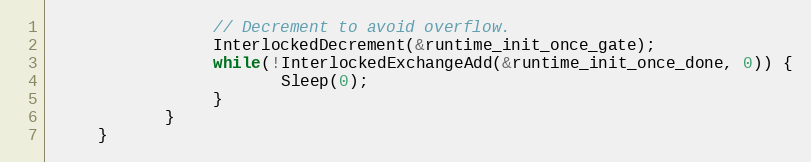
Language: C
				 // Decrement to avoid overflow.
				 InterlockedDecrement(&runtime_init_once_gate);
				 while(!InterlockedExchangeAdd(&runtime_init_once_done, 0)) {
						Sleep(0);
				 }
			}
	 }